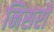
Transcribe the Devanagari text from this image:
निसरो